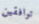
توافقين